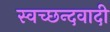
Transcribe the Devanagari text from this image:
स्वच्छन्दवादी